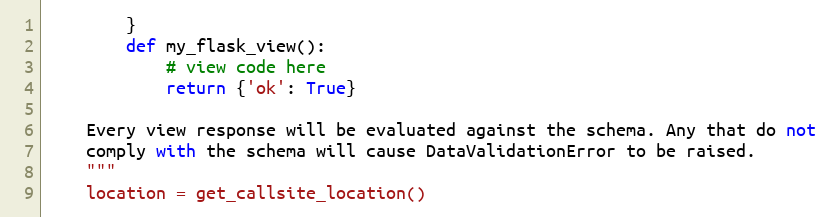
Language: Python
        }
        def my_flask_view():
            # view code here
            return {'ok': True}

    Every view response will be evaluated against the schema. Any that do not
    comply with the schema will cause DataValidationError to be raised.
    """
    location = get_callsite_location()